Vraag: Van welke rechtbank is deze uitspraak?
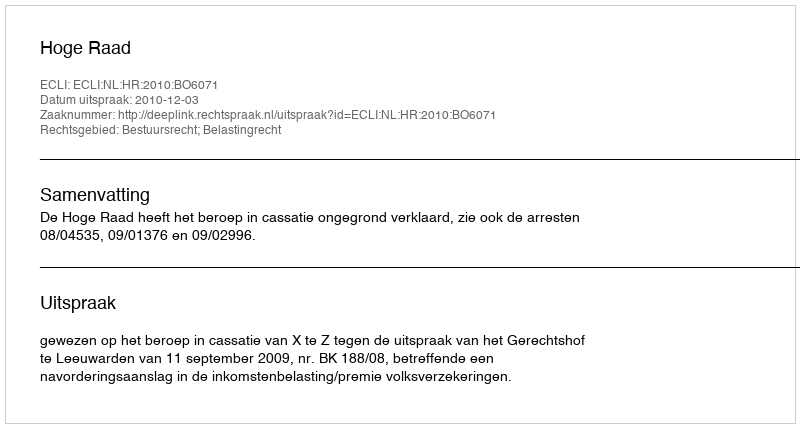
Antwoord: Hoge Raad